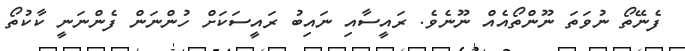
ފެނޭތޯ ނުވަތަ ނޫންތޯއެއް ނޫނެވެ. ރައީސާއި ނައިބު ރައީސަކަށް ހުންނަން ފެންނަނީ ކާކުތޯ